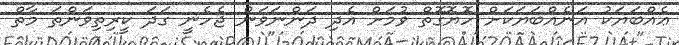
ޢެއްބަޔަކު އަނެއްބަޔަކަށް ހޮޔޮގޮތް ވުމަށް އެދި ދަންނަވަން ޖެހެނީ ގަދަ ކީރިތިވަންތަ މާތް